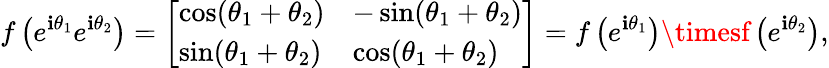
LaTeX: f\left(e^{\mathbf{i}\theta_{1}}e^{\mathbf{i}\theta_{2}}\right)={\left[\begin{array}{ll}{\cos(\theta_{1}+\theta_{2})}&{-\sin(\theta_{1}+\theta_{2})}\\ {\sin(\theta_{1}+\theta_{2})}&{\cos(\theta_{1}+\theta_{2})}\end{array}\right]}=f\left(e^{\mathbf{i}\theta_{1}}\right)\timesf\left(e^{\mathbf{i}\theta_{2}}\right),